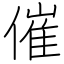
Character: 催